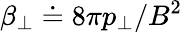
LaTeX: \beta_{\perp}\doteq 8\pi p_{\perp}/B^{2}